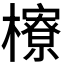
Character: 𪴔